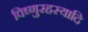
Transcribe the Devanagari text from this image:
विष्णुरहस्यादि